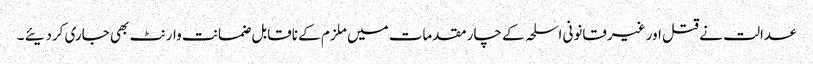
عدالت نے قتل اور غیرقانونی اسلحہ کے چار مقدمات میں ملزم کے ناقابل ضمانت وارنٹ بھی جاری کردیئے ۔